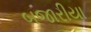
બજારીયા